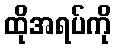
ထိုအရပ်ကို